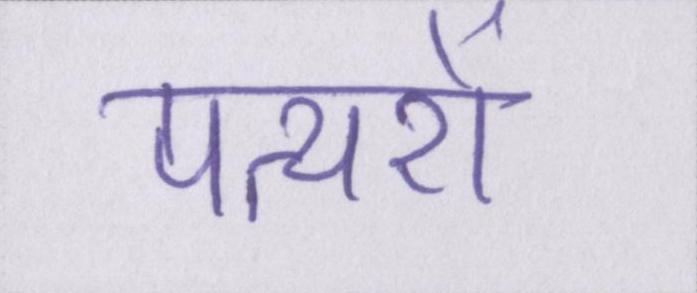
पत्थरों